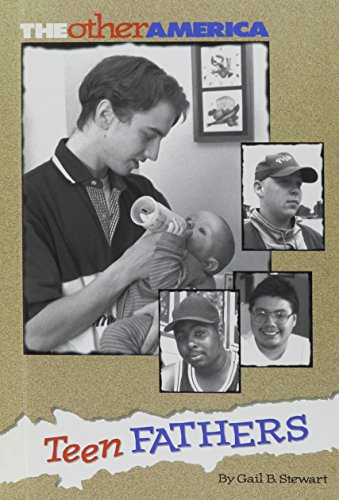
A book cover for Teen Fathers; Gail B. Stewart; Teen & Young Adult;